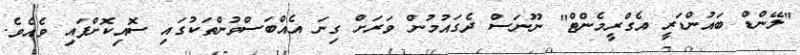
"ލޭންޑް ބައުންޑަރީ އެގްރީމެންޓް" ނޫނަސް ދެގައުމުން ވަރަށް ގިނަ އެއްބަސްވުންތަކުގައި ސޮއިކޮށްފައި ވެއެވެ.